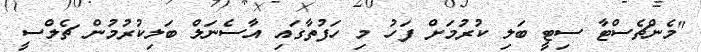
"މެންޗެސްޓާ ސިޓީ ބަލި ކުރުމަށް ފަހު މި ހަފުތާގައި އާސެނަލް ބަލިކުރުމުން ޗެލްސީ